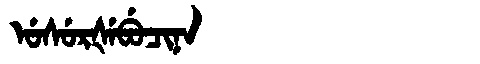
Manchu: ᡠᠰᡠᡵᡧᡝᠪᡠᠴᡳᠨᠠ
Romanization: USURŠEBUCINA